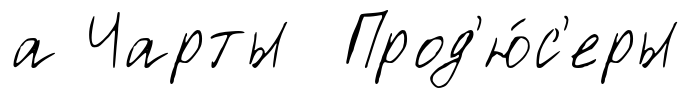
а Чарты Прод'ю́с'еры